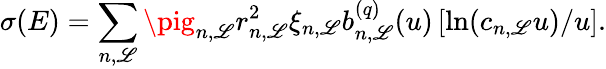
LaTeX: \sigma(E)=\sum_{n,\mathscr{L}}\pig_{n,\mathscr{L}}r_{n,\mathscr{L}}^{2}\xi_{n,\mathscr{L}}b_{n,\mathscr{L}}^{(q)}(u)\left[\ln(c_{n,\mathscr{L}}u)/u\right].